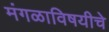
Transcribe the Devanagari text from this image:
मंगळाविषयीचे